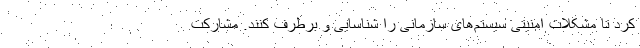
کرد تا مشکلات امنیتی سیستم‌های سازمانی را شناسایی و برطرف کنند. مشارکت